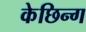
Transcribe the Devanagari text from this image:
केछिन्ग